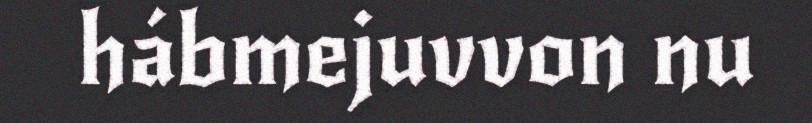
hábmejuvvon nu